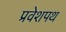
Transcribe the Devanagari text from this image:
प्रवेशपथ